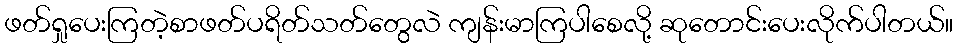
ဖတ်ရှုပေးကြတဲ့စာဖတ်ပရိတ်သတ်တွေလဲ ကျန်းမာကြပါစေလို့ ဆုတောင်းပေးလိုက်ပါတယ်။